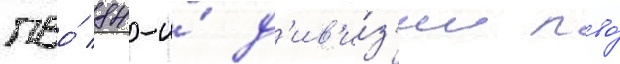
пво́ 84-и́ д'ив'и́з'ии пво́